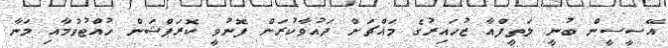
އޭސީސީން ބުނީ ލަތީފްއާ ޒުހައިރުގެ މައްޗަށް ދައުވާކުރަން ފޮނުވީ ކޮރަޕްޝަން ހުއްޓުވުމާއި މަނާ